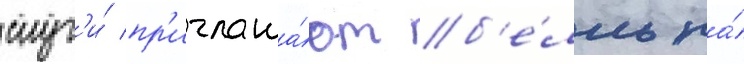
слуг'и́ пр'иглаша́ют б'е́лль на́